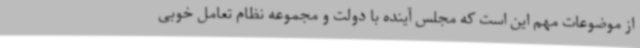
از موضوعات مهم این است که مجلس آینده با دولت و مجموعه نظام تعامل خوبی